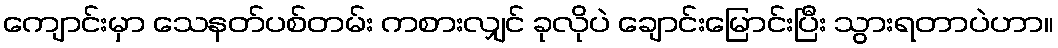
ကျောင်းမှာ သေနတ်ပစ်တမ်း ကစားလျှင် ခုလိုပဲ ချောင်းမြောင်းပြီး သွားရတာပဲဟာ။